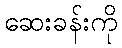
ဆေးခန်းကို